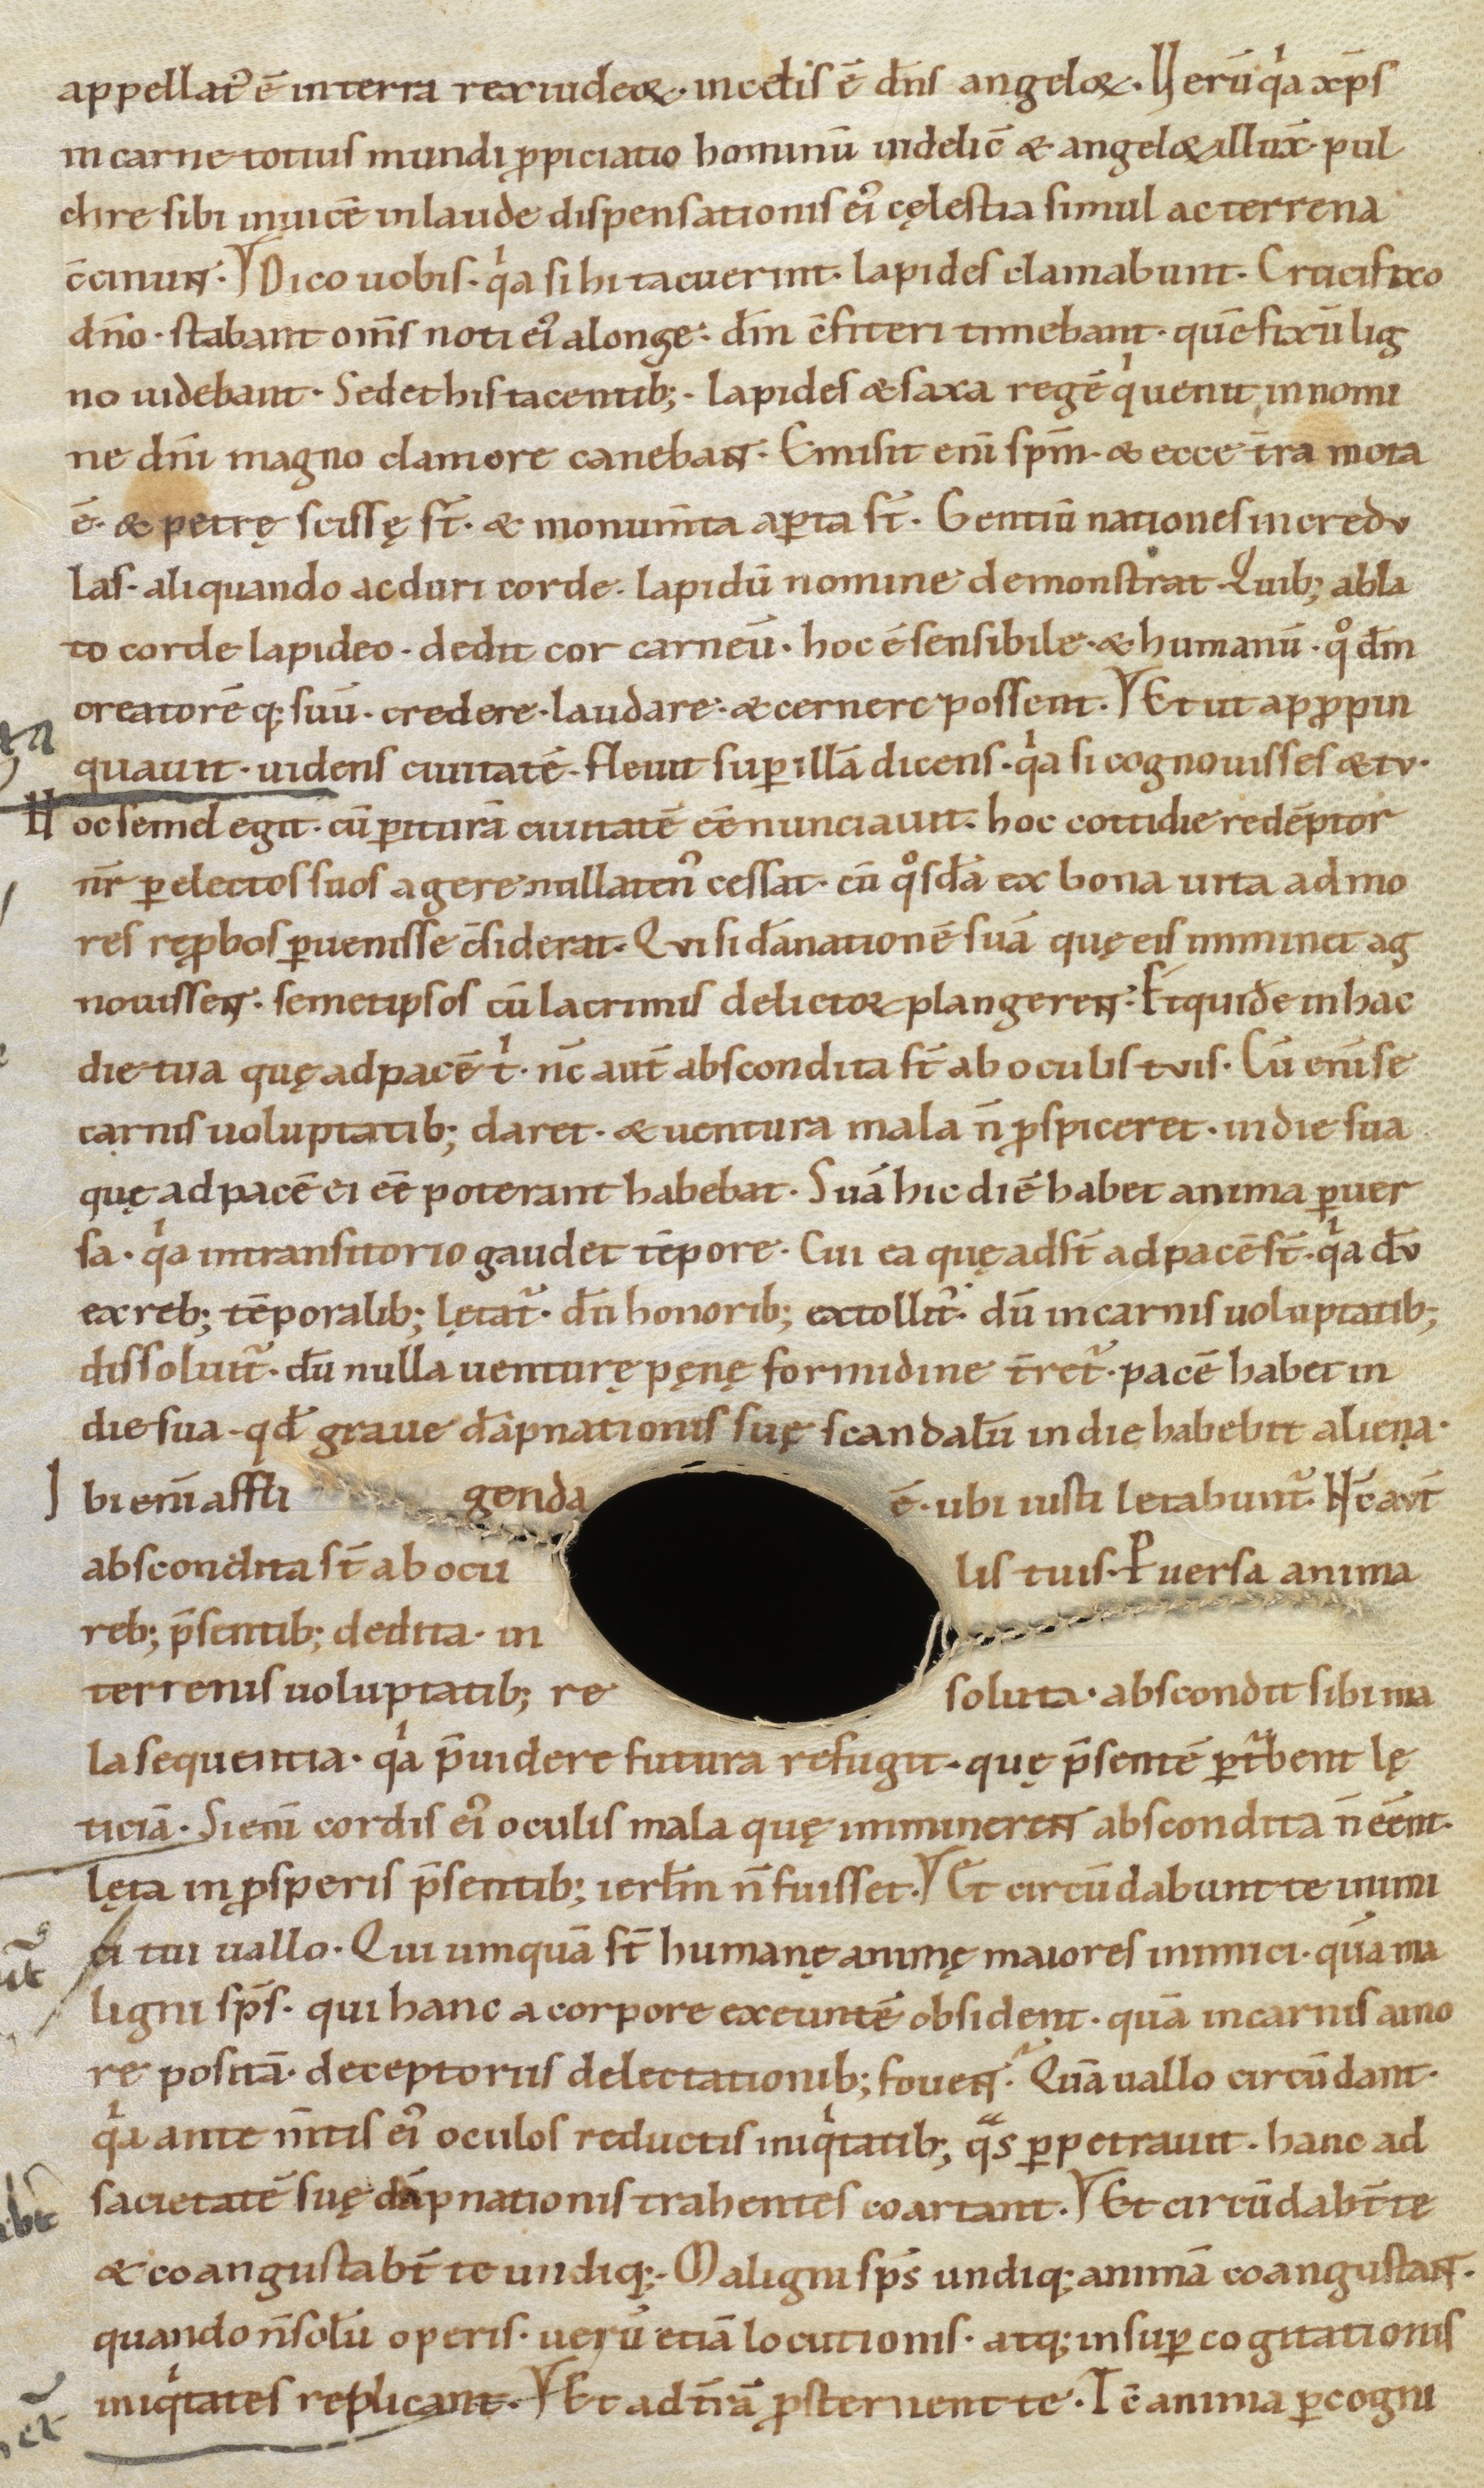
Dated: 1100–1199